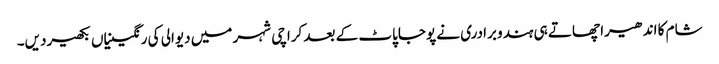
شام کا اندھیرا چھاتے ہی ہندو برادری نے پوجاپاٹ کے بعد کراچی شہر میں دیوالی کی رنگینیاں بکھیردیں۔